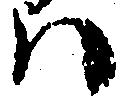
ハ